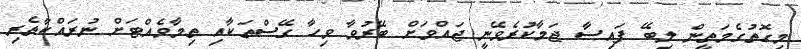
މިގޮތުގެމަތީން ލިބޭ ފައިސާ ޖަމާކުރެވޭނީ ޖައްވަށް ބޭރުވާ ވިހާ ގޭސްތަކާއި ތިމާވެއްޓަށް ނުރައްކާތެރި